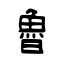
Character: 魯